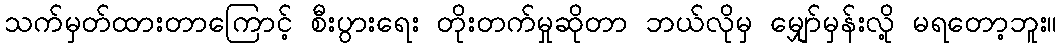
သက်မှတ်ထားတာကြောင့် စီးပွားရေး တိုးတက်မှုဆိုတာ ဘယ်လိုမှ မျှော်မှန်းလို့ မရတော့ဘူး။